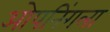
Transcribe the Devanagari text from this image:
ओपनिंगला